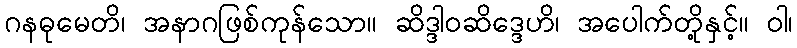
ဂနဓုမေတိ၊ အနာဂဖြစ်ကုန်သော။ ဆိဒ္ဒါဝဆိဒ္ဒေဟိ၊ အပေါက်တို့နှင့်။ ဝါ၊